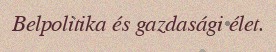
Belpolitika és gazdasági élet.